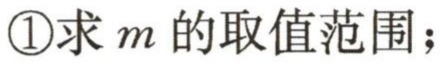
\textcircled{1}求 \(m\) 的取值范围；